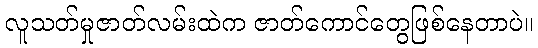
လူသတ်မှုဇာတ်လမ်းထဲက ဇာတ်ကောင်တွေဖြစ်နေတာပဲ။